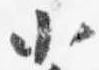
小